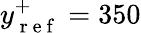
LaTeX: y_{\mathrm{~r~e~f~}}^{+}=350